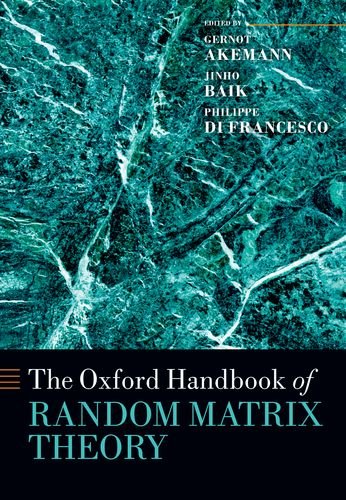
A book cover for The Oxford Handbook of Random Matrix Theory (Oxford Handbooks in Mathematics); Gernot Akemann; Science & Math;